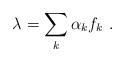
LaTeX: \begin{align*}\lambda=\sum_k\alpha_k f_k\ .\end{align*}